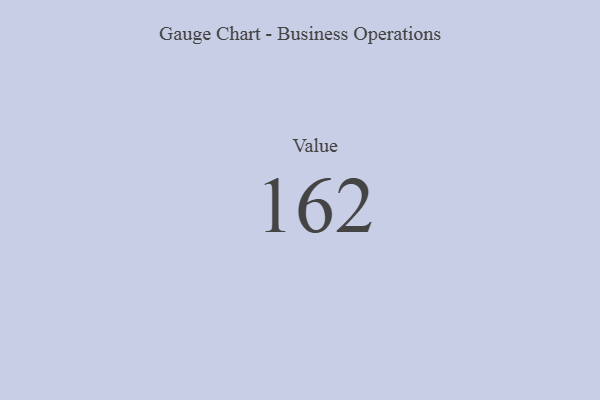
{"axis": {"x": "Metric", "y": "Value"}, "legend": [""], "data": [{"x": "Value", "y": 162, "type": ""}]}